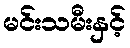
မင်းသမီးနှင့်